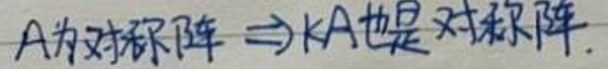
A为对称阵$\Rightarrow kA$也是对称阵.